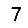
Digit: 7